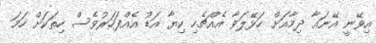
އިވޭނީ އޭނައާ ދިމާއަށް ހަޅޭލަވާ އެއްޗެހި ކިޔާ އަޑު އެއްފަހަރުވެސް ހިތަކަށް ހަމަ